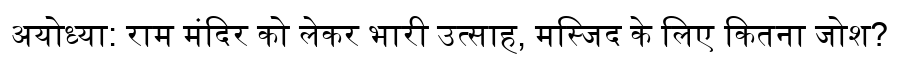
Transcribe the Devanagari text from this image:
अयोध्या: राम मंदिर को लेकर भारी उत्साह, मस्जिद के लिए कितना जोश?